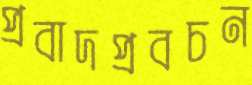
প্রবাদপ্রবচন